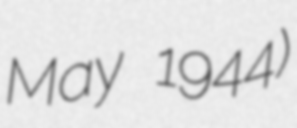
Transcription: May 1944)